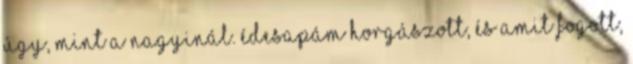
úgy, mint a nagyinál. Édesapám horgászott, és amit fogott,